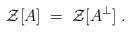
LaTeX: \begin{align*}{\mathcal Z}[A] \;=\; {\mathcal Z}[A^\perp] \;.\end{align*}